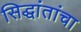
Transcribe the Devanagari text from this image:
सिद्धांतांचा